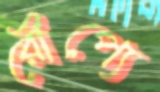
রৌপ্যে